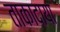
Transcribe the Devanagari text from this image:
ताकादाया